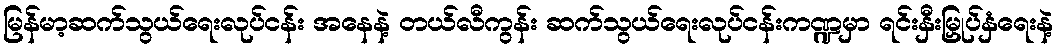
မြန်မာ့ဆက်သွယ်ရေးလုပ်ငန်း အနေနဲ့ တယ်လီကွန်း ဆက်သွယ်ရေးလုပ်ငန်းကဏ္ဍမှာ ရင်းနှီးမြှုပ်နှံရေးနဲ့